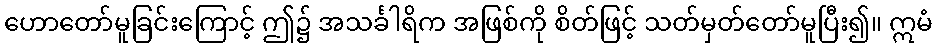
ဟောတော်မူခြင်းကြောင့် ဤ၌ အသင်္ခါရိက အဖြစ်ကို စိတ်ဖြင့် သတ်မှတ်တော်မူပြီး၍။ ဣမံ